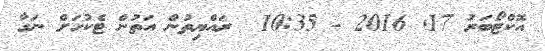
އޮކްޓޯބަރު 17